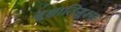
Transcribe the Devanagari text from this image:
सूक्षातिसूक्ष्म